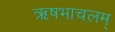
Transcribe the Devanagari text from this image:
ऋषभाचलम्